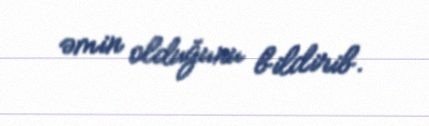
əmin olduğunu bildirib.